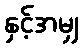
နှင့်အမျှ